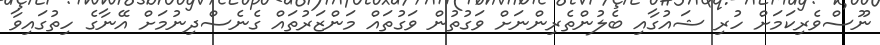
ނޫސްވެރިކަމަށް ހުރި ޝައުގާއި ބެލުންތެރިންނަށް ވަގުތުން ވަގުތައް މަންޒަރުތައް ގެނެސްދިނުމަށް އޭނާގެ ހިތުގައިވާ